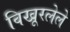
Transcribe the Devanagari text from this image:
विखूरलेले